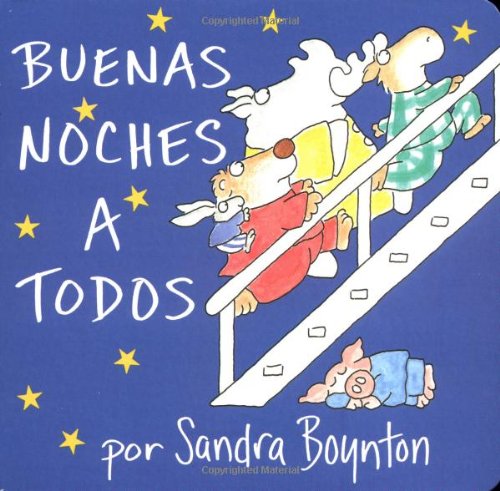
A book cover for Buenas noches a todos / The Going to Bed Book (Spanish edition); Sandra Boynton; Children's Books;